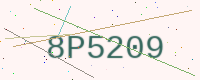
Text: 8P5209